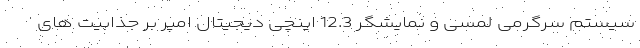
سیستم سرگرمی لمسی و نمایشگر 12.3 اینچی دیجیتال امپر بر جذابیت های